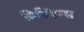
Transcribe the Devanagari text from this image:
बिल्डिग्स